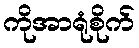
ကိုအာရုံစိုက်